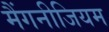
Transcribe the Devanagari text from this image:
मैंगनीजियम